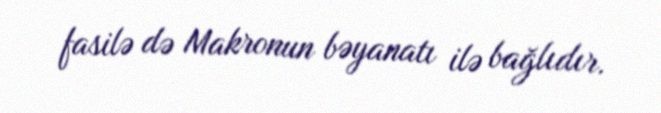
fasilə də Makronun bəyanatı ilə bağlıdır.